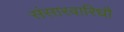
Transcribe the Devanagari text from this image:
संसारवारिधौ